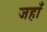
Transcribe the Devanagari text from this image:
जहाँं